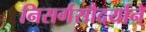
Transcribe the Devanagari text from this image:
निसर्गसौदर्याने